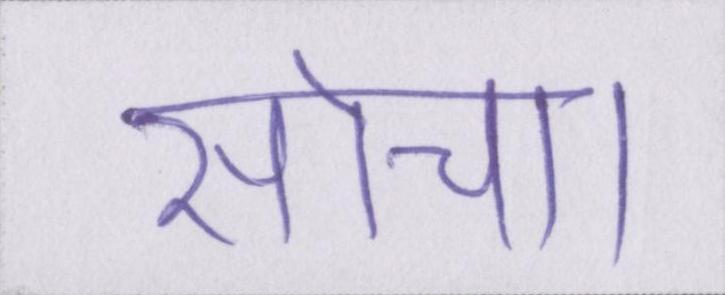
सोचा।